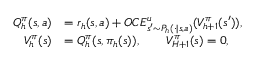
\begin{array} { r l } { Q _ { h } ^ { \pi } ( s , a ) } & { = r _ { h } ( s , a ) + O C E _ { s ^ { \prime } \sim P _ { h } ( \cdot \vert s , a ) } ^ { u } ( V _ { h + 1 } ^ { \pi } ( s ^ { \prime } ) ) , } \\ { V _ { h } ^ { \pi } ( s ) } & { = Q _ { h } ^ { \pi } ( s , \pi _ { h } ( s ) ) , \quad \quad V _ { H + 1 } ^ { \pi } ( s ) = 0 , } \end{array}